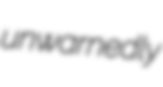
unwarnedly